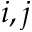
i , j